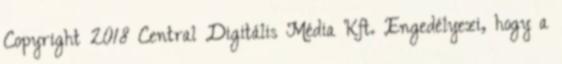
Copyright 2018 Central Digitális Média Kft. Engedélyezi, hogy a